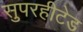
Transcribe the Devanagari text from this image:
सुपरहीटेड